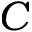
\cal { C }